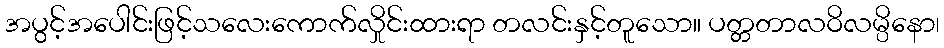
အပွင့်အပေါင်းဖြင့်သလေးကောက်လှိုင်းထားရာ တလင်းနှင့်တူသော။ ပတ္တတာလဝိလမ္ပိနော၊